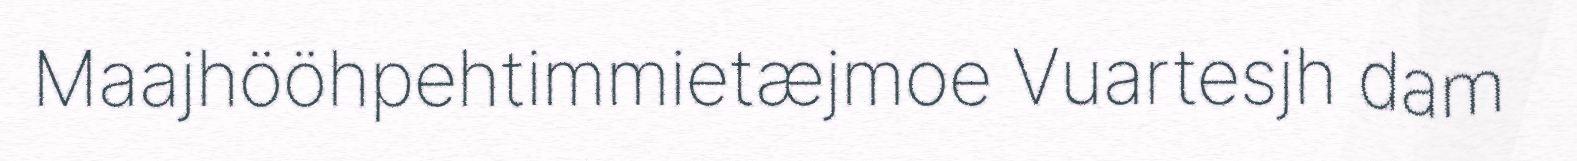
Maajhööhpehtimmietæjmoe Vuartesjh dam